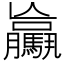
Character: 𩦻